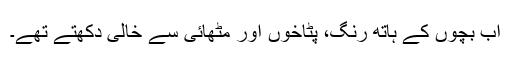
اب بچوں کے ہاتھ رنگ، پٹاخوں اور مٹھائی سے خالی دکھتے تھے۔